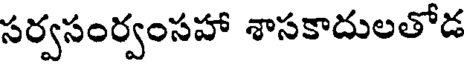
సర్వసంర్వంసహా శాసకాదులతోడ